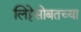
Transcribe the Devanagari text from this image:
लिट्टेसोबतच्या